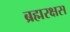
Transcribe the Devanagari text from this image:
ब्रह्मरक्षस